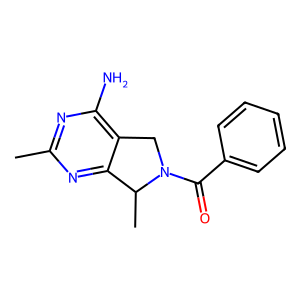
SMILES: Cc1nc(N)c2c(n1)C(C)N(C(=O)c1ccccc1)C2
Inhibits HIV replication: No